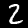
Label: 2